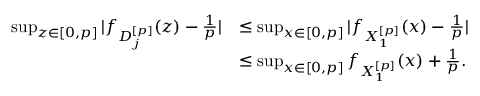
\begin{array} { r l } { \operatorname* { s u p } _ { z \in [ 0 , p ] } | f _ { D _ { j } ^ { [ p ] } } ( z ) - \frac { 1 } { p } | } & { \leq \operatorname* { s u p } _ { x \in [ 0 , p ] } | f _ { X _ { 1 } ^ { [ p ] } } ( x ) - \frac { 1 } { p } | } \\ & { \leq \operatorname* { s u p } _ { x \in [ 0 , p ] } f _ { X _ { 1 } ^ { [ p ] } } ( x ) + \frac { 1 } { p } . } \end{array}